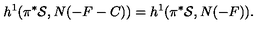
h ^ { 1 } ( \pi ^ { * } { \cal S } , N ( - F - C ) ) = h ^ { 1 } ( \pi ^ { * } { \cal S } , N ( - F ) ) .